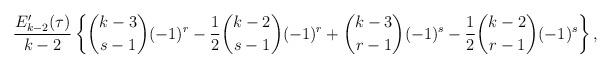
LaTeX: \begin{align*}\frac{E_{k-2}'(\tau)}{k-2}\left\{ \binom{k-3}{s-1}(-1)^r-\frac12\binom{k-2}{s-1}(-1)^{r} + \binom{k-3}{r-1} (-1)^{s}-\frac12 \binom{k-2}{r-1}(-1)^{s} \right\},\end{align*}